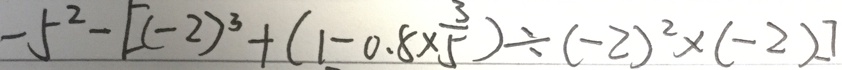
- 5 ^ { 2 } - [ ( - 2 ) ^ { 3 } + ( 1 - 0 . 8 \times \frac { 3 } { 5 } ) \div ( - 2 ) ^ { 2 } \times ( - 2 ) ]